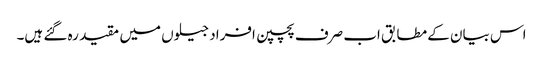
اس بیان کے مطابق اب صرف پچپن افراد جیلوں میں مقید رہ گئے ہیں۔